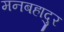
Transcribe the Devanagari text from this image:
मनबहादुर